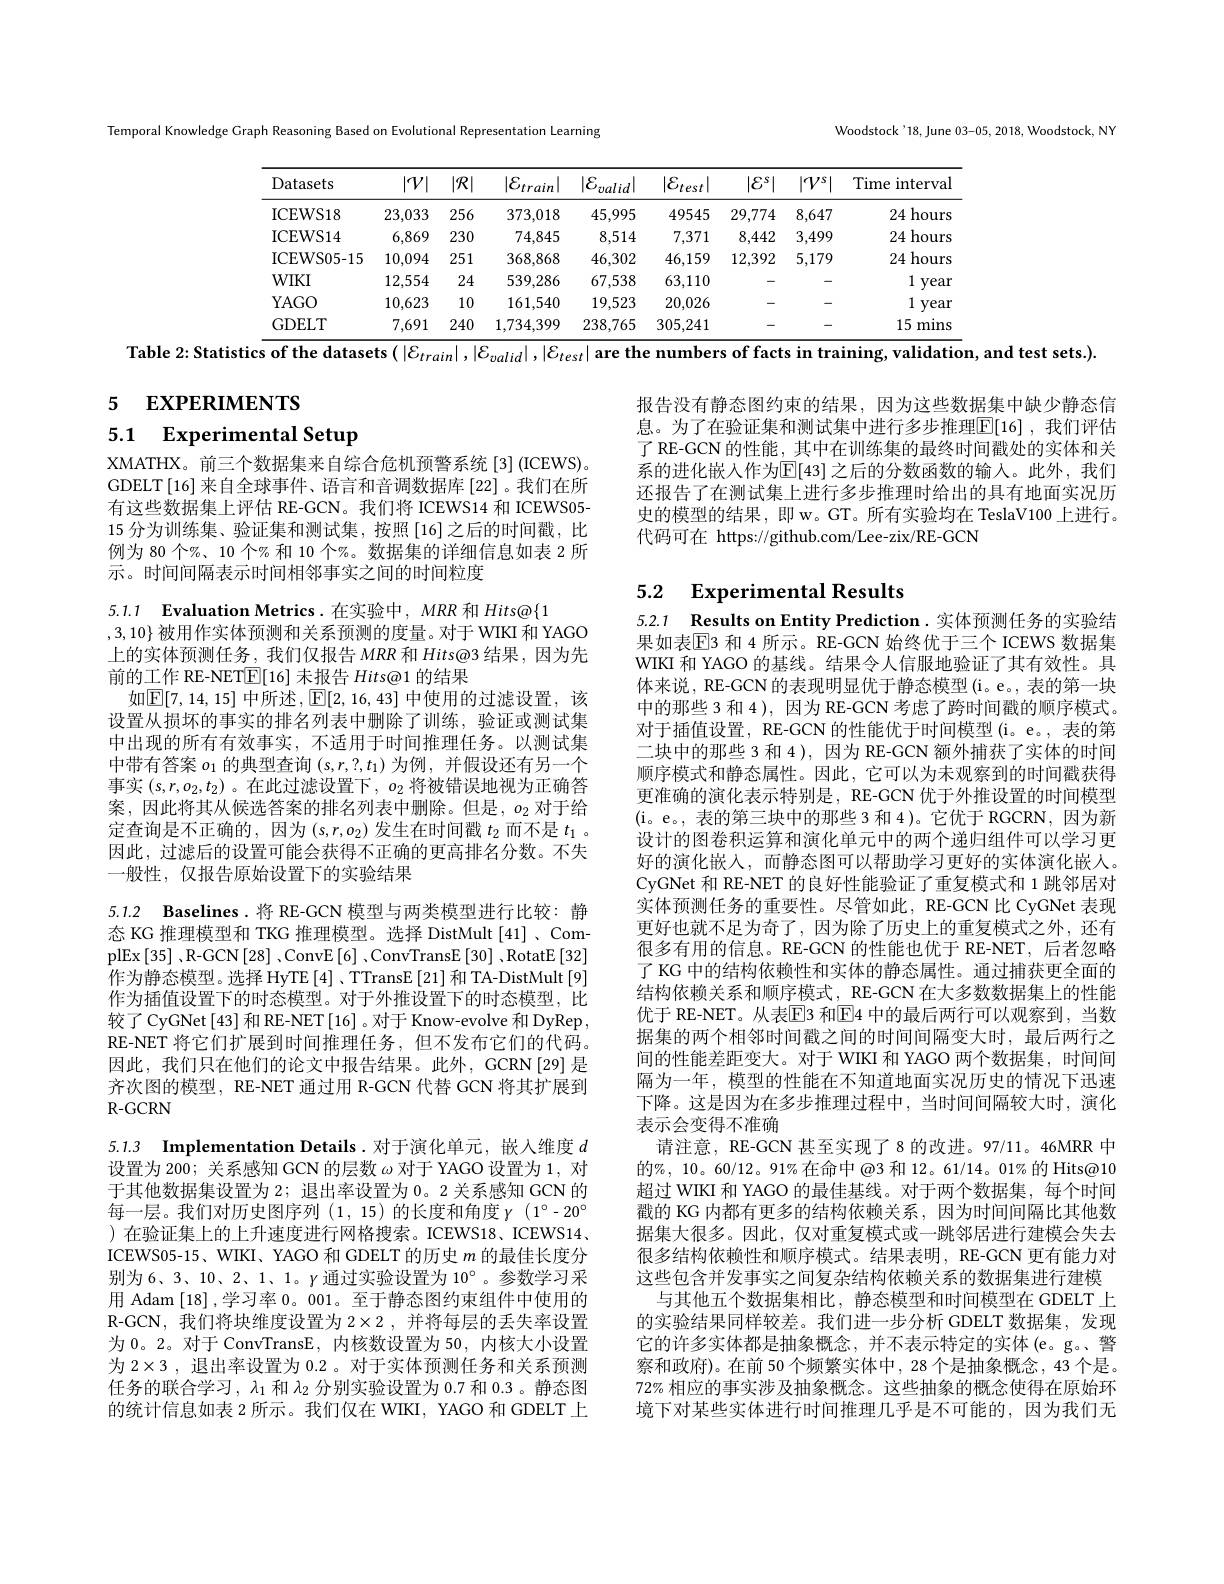
Woodstock'18, June 03-05, 2018, Woodstock, NY

Temporal Knowledge Graph Reasoning Based on Evolutional Representation Learning

<table>
	<tbody>
		<tr>
			<th>Datasets</th>
			<th>$|\mathcal{V}|$</th>
			<th>$|\mathcal{R}|$ 、 </th>
			<th>$|\mathcal{E}_{train}|$</th>
			<th>$|\mathcal{E}_{valid}|$</th>
			<th>$|\mathcal{E}_{test}|$</th>
			<th>$|\mathcal{E}^s|$</th>
			<th>$|V^s|$</th>
			<th>Time interva</th>
		</tr>
		<tr>
			<td>ICEWS18</td>
			<td>23,033</td>
			<td>256</td>
			<td>373,018</td>
			<td>45,995</td>
			<td>49545</td>
			<td>29,774</td>
			<td>8,647</td>
			<td>24 hours</td>
		</tr>
		<tr>
			<td>ICEWS14</td>
			<td>6,869</td>
			<td>230</td>
			<td>74,845</td>
			<td>8,514</td>
			<td>7,371</td>
			<td>8,442</td>
			<td>3,499</td>
			<td>24 hours</td>
		</tr>
		<tr>
			<td>ICEWS05- 15</td>
			<td>10,094</td>
			<td>251</td>
			<td>368,868</td>
			<td>46,302</td>
			<td>46,159</td>
			<td>12,392</td>
			<td>5,179</td>
			<td>24 hours</td>
		</tr>
		<tr>
			<td>$WIKI$</td>
			<td>12,554</td>
			<td>24</td>
			<td>539,286</td>
			<td>67,538</td>
			<td>63,110</td>
			<td> </td>
			<td>-</td>
			<td>1 yeal</td>
		</tr>
		<tr>
			<td>YAGO</td>
			<td>10,623</td>
			<td>10</td>
			<td>161,540</td>
			<td>19,523</td>
			<td>20,026</td>
			<td> </td>
			<td>-</td>
			<td>1 yeal</td>
		</tr>
		<tr>
			<td>GDELT</td>
			<td>7,691</td>
			<td>240</td>
			<td>1,734,399</td>
			<td>238,765</td>
			<td>305,241</td>
			<td>-</td>
			<td>-</td>
			<td>15 min:</td>
		</tr>
	</tbody>
</table>
Table 2: Statistics of the datasets $(\left|\mathcal{E}_{train}\right|,\left|\mathcal{E}_{valid}\right|,\left|\mathcal{E}_{test}\right|$ are the numbers of facts in training, validation, and test sets.).

5 EXPERIMENTS

## 5.1 Experimental Setup

XMATHX。前三个数据集来自综合危机预警系统[3](ICEWS)。GDELT[16]来自全球事件、语言和音调数据库[22]。我们在所有这些数据集上评估 RE-GCN。我们将 ICEWS14 和 ICEWS05- 15 分为训练集、验证集和测试集，按照 [16]之后的时间戳，比例为 80 个%、10 个% 和 10 个%。数据集的详细信息如表 2 所示。时间间隔表示时间相邻事实之间的时间粒度

5.1.1 $\textbf{Evaluation Metrics. 在 实 验 中 , MRR 和 Hits@ }\{ 1$
$,3,10\}$被用作实体预测和关系预测的度量。对于 WIKI 和 YAGO 上的实体预测任务，我们仅报告 MRR 和 Hits@3 结果 ,因为先前的工作 RE-NET$\underline{\mathrm{E}}[16]$未报告$Hits@1$的结果
如$\boxed{\mathbb{E}[7,14,15]\text{ 中所述 },\mathbb{E}[2,16,43]\text{ 中使用的过滤设置，该}}$ 设置从损坏的事实的排名列表中删除了训练，验证或测试集中出现的所有有效事实，不适用于时间推理任务。以测试集中带有答案$o_1$的典型查询$(s,r,?,t_1)$为例，并假设还有另一个事实$(s,r,o_2,t_2)$ 。在此过滤设置下$,o_2$将被错误地视为正确答案，因此将其从候选答案的排名列表中删除。但是，$o_2$对于给定查询是不正确的，因为$(s,r,o_2)$发生在时间戳$t_2$而不是$t_1$ 。因此，过滤后的设置可能会获得不正确的更高排名分数。不失一般性，仅报告原始设置下的实验结果

5.1.2 Baselines.将 RE-GCN 模型与两类模型进行比较：静态 KG 推理模型和 TKG 推理模型。选择 DistMult [41] , ComplEx[35] ,R-GCN[28] ,ConvE[6] ,ConvTransE[30] ,RotatE[32] 作为静态模型。选择 HyTE [4]、TTransE [21]和 TA-DistMult [9] 作为插值设置下的时态模型。对于外推设置下的时态模型，比较了 CyGNet[43] 和 RE-NET[16] 。对于 Know-evolve 和 DyRep , RE-NET 将它们扩展到时间推理任务，但不发布它们的代码。因此，我们只在他们的论文中报告结果。此外，GCRN[29]是齐次图的模型，RE-NET 通过用 R-GCN 代替 GCN 将其扩展到R-GCRN

5.1.3 Implementation Details.对于演化单元，嵌人维度$d$ 设置为 200; 关系感知 GCN 的层数$\omega$对于 YAGO 设置为 1, 对于其他数据集设置为 2; 退出率设置为 0。2 关系感知 GCN 的每一层。我们对历史图序列 (1,15) 的长度和角度$\gamma(1^\circ-20^\circ$ )在验证集上的上升速度进行网格搜索。ICEWS18、ICEWS14、 ICEWS05-15、WIKI、YAGO 和 GDELT 的历史$m$的最佳长度分别为 6、3、10、2、1、1。$\gamma$通过实验设置为 10°。参数学习采用 Adam [18] ,学习率0。001。至于静态图约束组件中使用的R-GCN,我们将块维度设置为$2\times2$,并将每层的丢失率设置为0。2。对于 ConvTransE, 内核数设置为 50, 内核大小设置为 2×3 , 退出率设置为0.2 。对于实体预测任务和关系预测任务的联合学习，$\lambda_1$和$\lambda_2$分别实验设置为 0.7 和 0.3 。静态图的统计信息如表 2 所示。我们仅在 WIKI, YAGO 和 GDELT 上

报告没有静态图约束的结果，因为这些数据集中缺少静态信息。为了在验证集和测试集中进行多步推理$\overline{\mathbb{E}}[16]$,我们评估了 RE-GCN 的性能，其中在训练集的最终时间戳处的实体和关系的进化嵌人作为$\mathbb{E}[43]$ 之后的分数函数的输入。此外，我们还报告了在测试集上进行多步推理时给出的具有地面实况历史的模型的结果，即 w。GT。所有实验均在 TeslaV100 上进行。代码可在 https://github.com/Lee-zix/RE-GCN

5.2 $\textbf{Experimental Results}$

5.2.1 Results on Entity Prediction. 实体预测任务的实验结果如表$\overline{\mathrm{E}}$3 和 4 所示。RE-GCN 始终优于三个 ICEWS 数据集WIKI 和 YAGO 的基线。结果令人信服地验证了其有效性。具体来说，RE-GCN 的表现明显优于静态模型(i。e。, 表的第一块中的那些 3 和 4 ), 因为 RE-GCN 考虑了跨时间戳的顺序模式。对于插值设置，RE-GCN 的性能优于时间模型(i。e。, 表的第二块中的那些 3 和 4 ), 因为 RE-GCN 额外捕获了实体的时间顺序模式和静态属性。因此，它可以为未观察到的时间戳获得更准确的演化表示特别是，RE-GCN 优于外推设置的时间模型(i。e。, 表的第三块中的那些 3 和 4)。它优于 RGCRN,因为新设计的图卷积运算和演化单元中的两个递归组件可以学习更好的演化嵌人，而静态图可以帮助学习更好的实体演化嵌入。CyGNet 和 RE-NET 的良好性能验证了重复模式和 1 跳邻居对实体预测任务的重要性。尽管如此，RE-GCN 比 CyGNet 表现更好也就不足为奇了，因为除了历史上的重复模式之外，还有很多有用的信息。RE-GCN 的性能也优于 RE-NET, 后者忽略了 KG 中的结构依赖性和实体的静态属性。通过捕获更全面的结构依赖关系和顺序模式，RE-GCN 在大多数数据集上的性能优于 RE-NET。从表$\boxed{\mathrm{E}}$3 和$\boxed{\mathrm{E}}$4 中的最后两行可以观察到，当数据集的两个相邻时间戳之间的时间间隔变大时，最后两行之间的性能差距变大。对于 WIKI 和 YAGO 两个数据集，时间间隔为一年，模型的性能在不知道地面实况历史的情况下迅速下降。这是因为在多步推理过程中，当时间间隔较大时，演化表示会变得不准确
请注意，RE-GCN 甚至实现了8 的改进。97/11。46MRR 中的%, 10。60/12。91%在命中 @3 和 12。61/14。01% 的 Hits@10超过 WIKI 和 YAGO 的最佳基线。对于两个数据集，每个时间戳的 KG 内都有更多的结构依赖关系，因为时间间隔比其他数据集大很多。因此，仅对重复模式或一跳邻居进行建模会失去很多结构依赖性和顺序模式。结果表明，RE-GCN 更有能力对这些包含并发事实之间复杂结构依赖关系的数据集进行建模
与其他五个数据集相比，静态模型和时间模型在 GDELT 上的实验结果同样较差。我们进一步分析 GDELT 数据集，发现它的许多实体都是抽象概念，并不表示特定的实体(e。g。、警察和政府)。在前 50 个频繁实体中，28 个是抽象概念，43 个是。72% 相应的事实涉及抽象概念。这些抽象的概念使得在原始环境下对某些实体进行时间推理几乎是不可能的，因为我们无